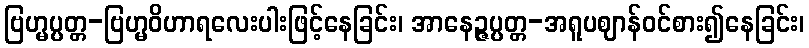
ဗြဟ္မပ္ပတ္တ-ဗြဟ္မဝိဟာရလေးပါးဖြင့်နေခြင်း၊ အာနေဉ္ဇပ္ပတ္တ-အရူပဈာန်ဝင်စား၍နေခြင်း၊